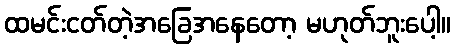
ထမင်းငတ်တဲ့အခြေအနေတော့ မဟုတ်ဘူးပေါ့။